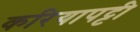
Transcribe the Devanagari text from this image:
करियापट्टी